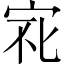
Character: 𱚆